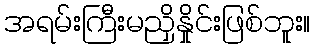
အရမ်းကြီးမညှိနှိုင်းဖြစ်ဘူး။